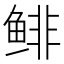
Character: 鲱